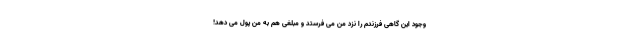
وجود این گاهی فرزندم را نزد من می فرستد و مبلغی هم به من پول می دهد!